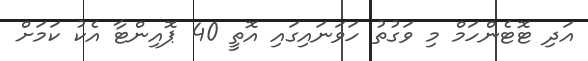
އަދި ޓޮޓެންހަމް މި ވަގުތު ހަވަނައިގައި އޮތީ 40 ޕޮއިންޓާ އެކު ކަމަށް